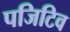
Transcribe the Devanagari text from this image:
पजिटिव